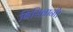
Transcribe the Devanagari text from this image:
बिसिग्नानी।